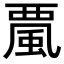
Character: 𩗏